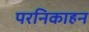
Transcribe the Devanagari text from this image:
परनिकाहन